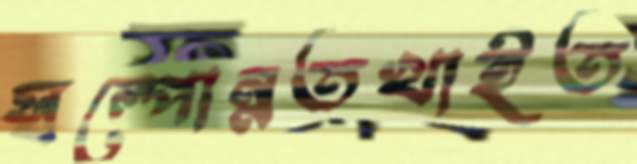
স্বল্পোন্নতখাইত